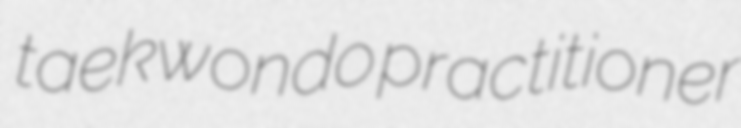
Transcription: taekwondo practitioner